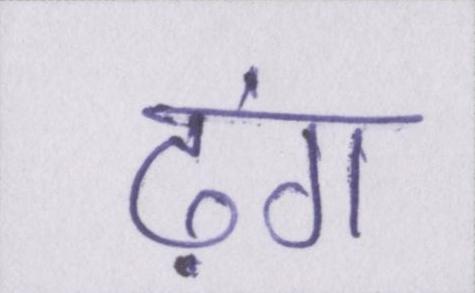
ढ़ंग